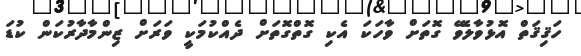
ހަޤިޤަތް އޮޅުވާލެވޭ ގޮތަށް ވާހަކަ އެކި ގޮތްގޮތަށް ދެއްކުމަކީ ވަރަށް ޒިންމާދާރުކަން ކުޑަ